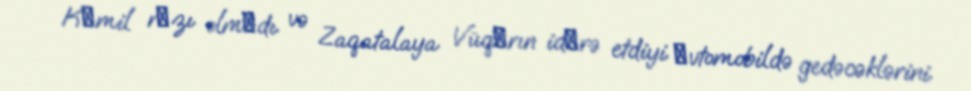
Kаmil rаzı olmаdı və Zaqatalaya Vüqаrın idаrə etdiyi аvtomobildə gedəcəklərini